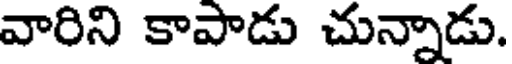
వారిని కాపాడు చున్నాడు.